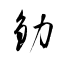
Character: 釛